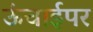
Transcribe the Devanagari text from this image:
ऊंचाईपर